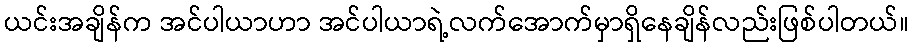
ယင်းအချိန်က အင်ပါယာဟာ အင်ပါယာရဲ့လက်အောက်မှာရှိနေချိန်လည်းဖြစ်ပါတယ်။